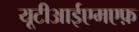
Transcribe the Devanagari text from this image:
यूटीआईएमएफ़